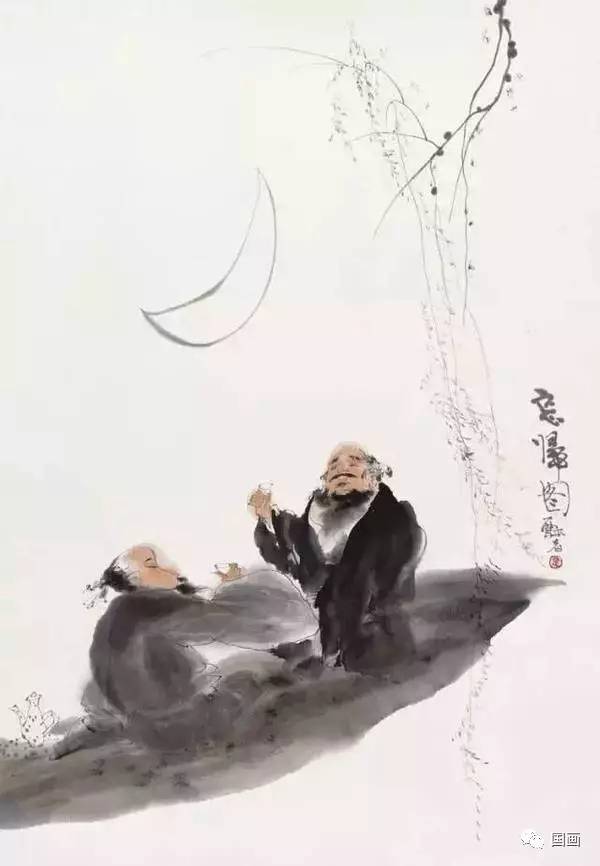
辔压马头金错落，鞍笼驼背锦斓班。